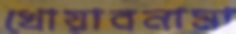
খোয়াবনামা